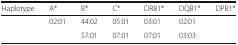
<table><thead><tr><td><b>Haplotype</b></td><td><b>A*</b></td><td><b>B*</b></td><td><b>C*</b></td><td><b>DRB1*</b></td><td><b>DQB1*</b></td><td><b>DPB1*</b></td></tr></thead><tbody><tr><td></td><td>02:01</td><td>44:02</td><td>05:01</td><td>03:01</td><td>02:01</td><td></td></tr><tr><td></td><td></td><td>57:01</td><td>07:01</td><td>07:01</td><td>03:03</td><td></td></tr></tbody></table>